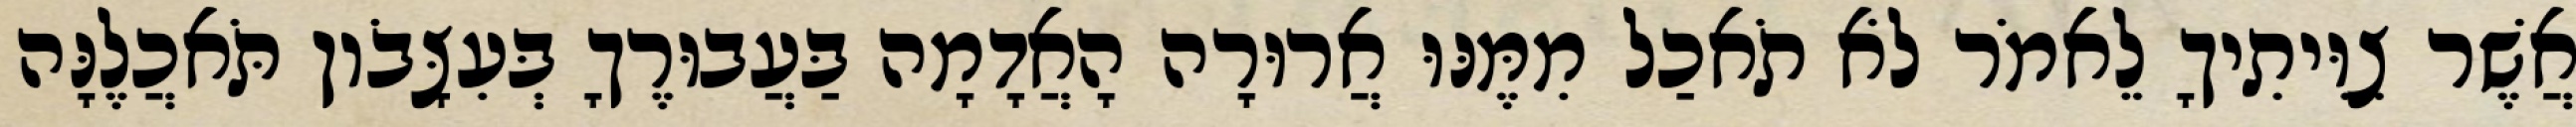
אֲשֶׁר צִוִּיתִיךָ לֵאמֹר לֹא תֹאכַל מִמֶּנּוּ אֲרוּרָה הָאֲדָמָה בַּעֲבוּרֶךָ בְּעִצָּבֹון תֹּאכֲלֶנָּה